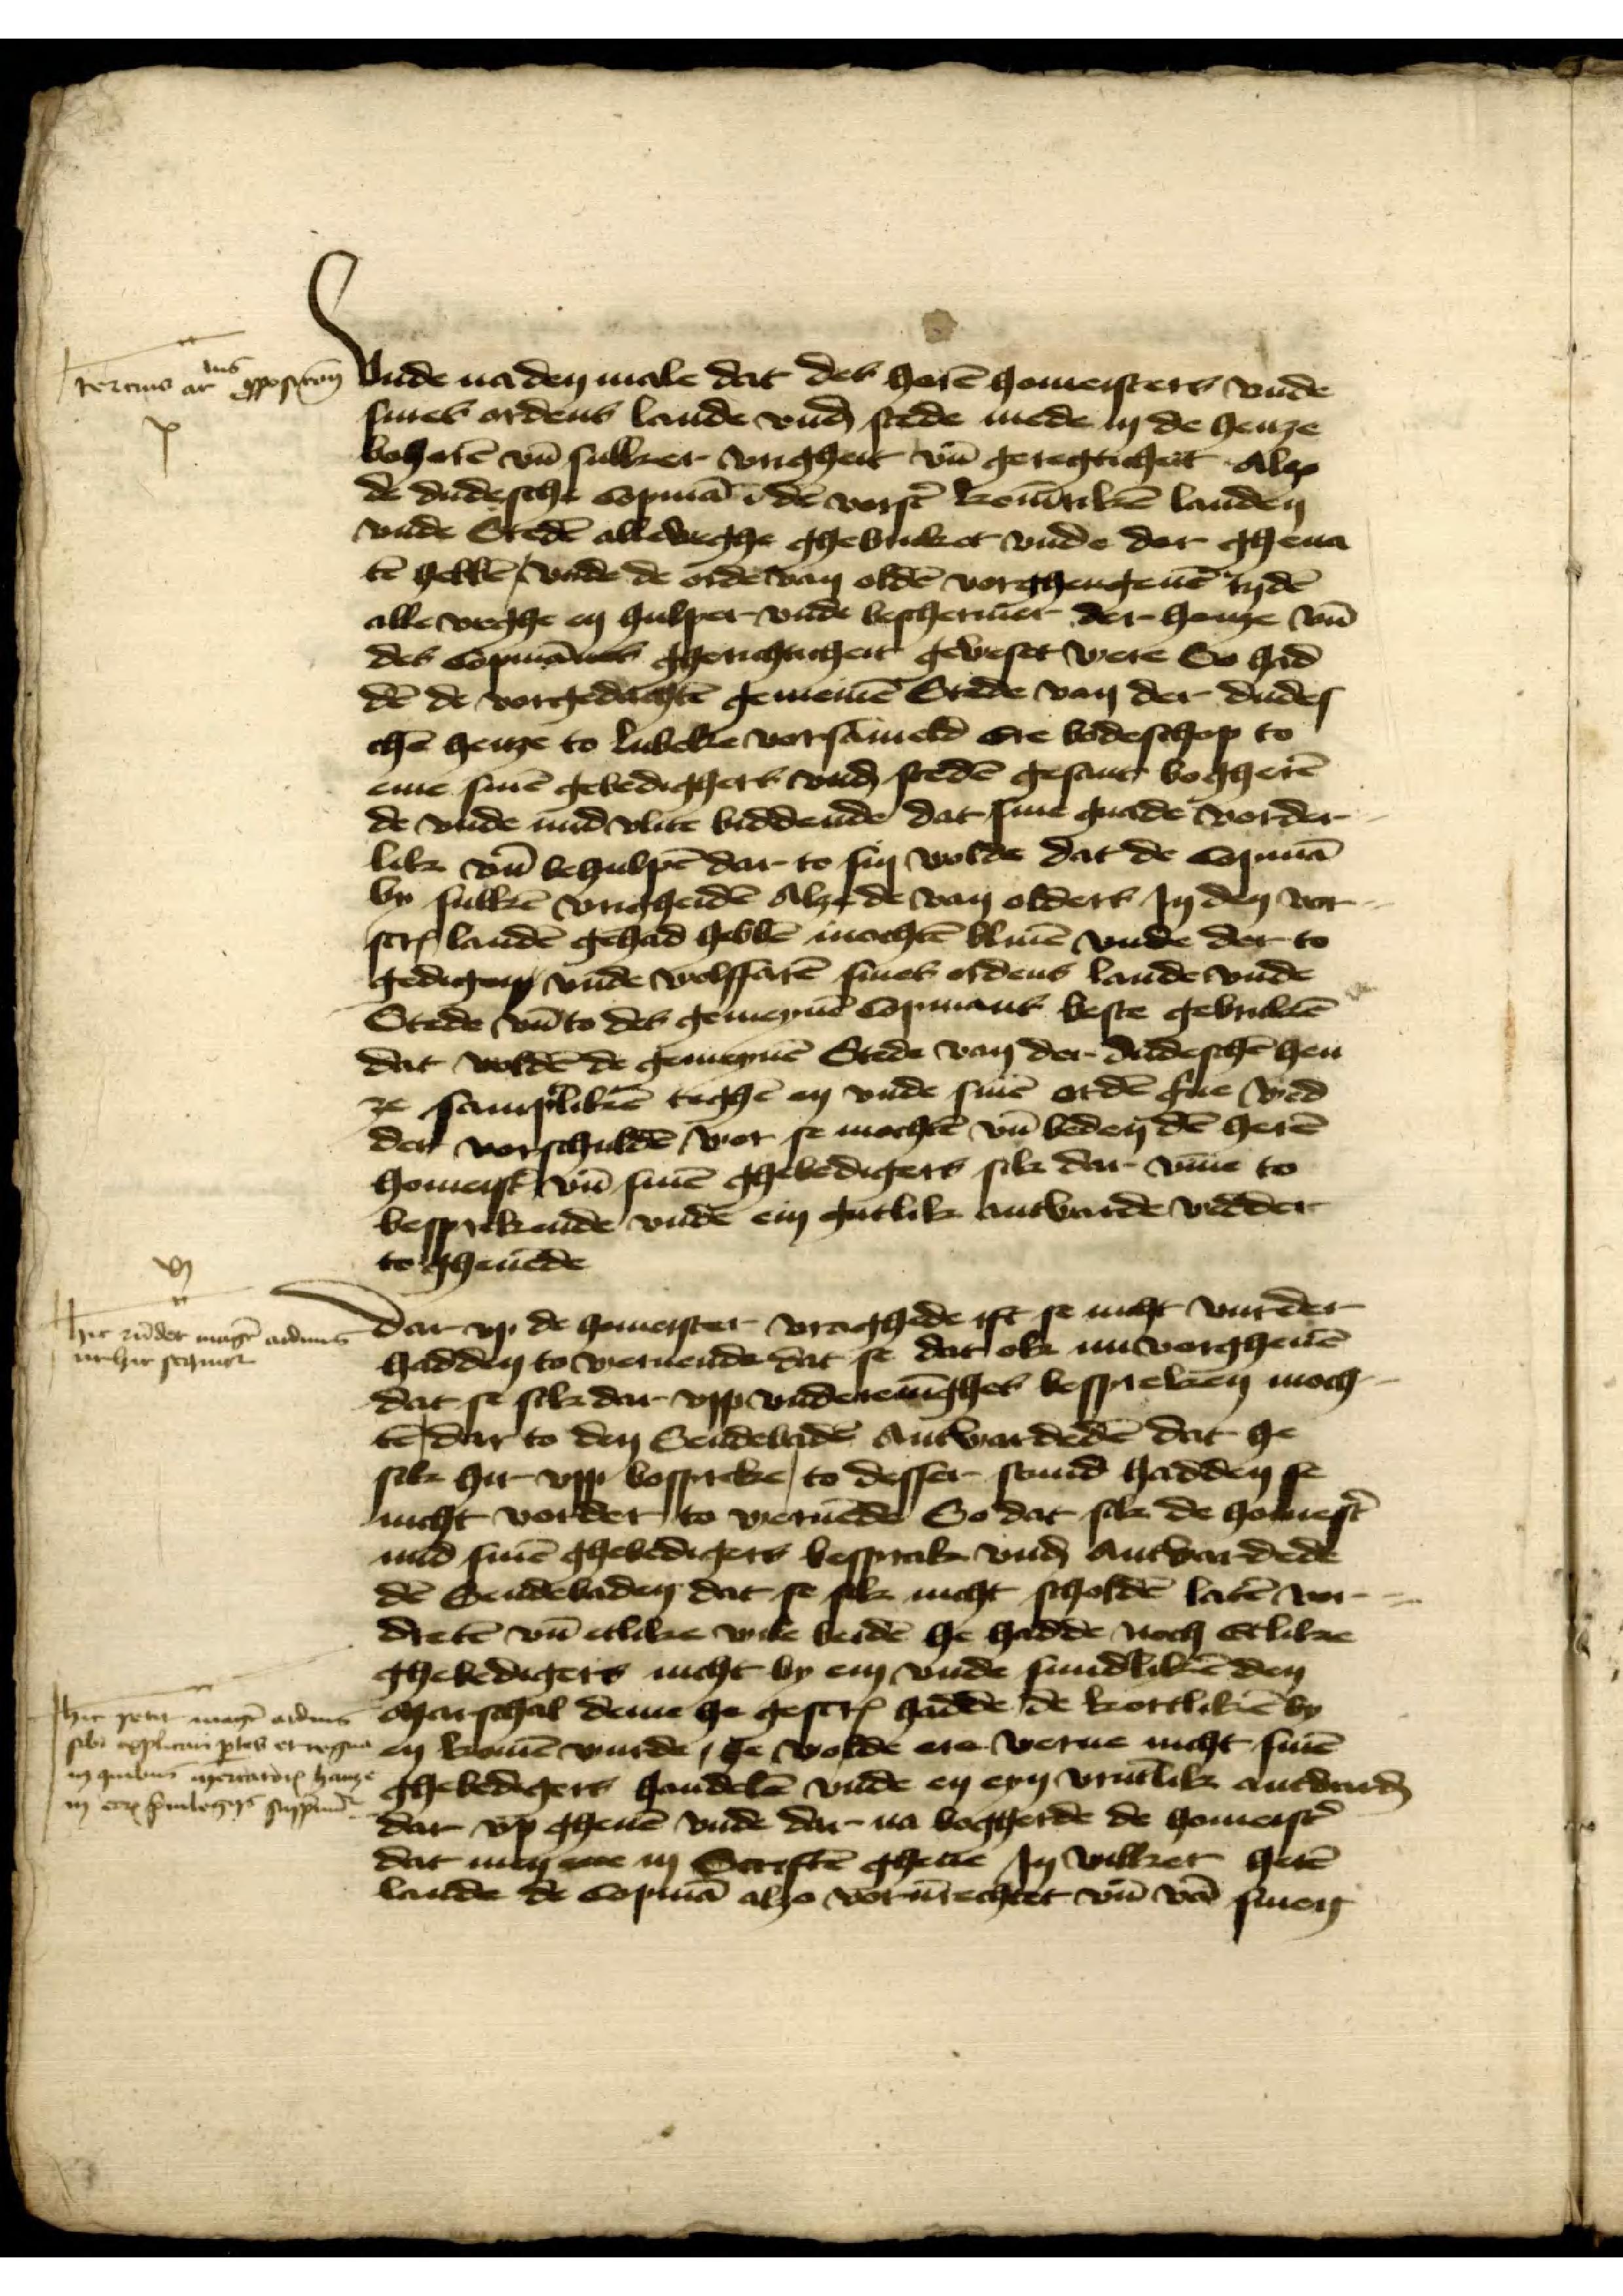
vnde na den male dat des horen homeisters vnde
sines ordens lande vnd stede mede in de henze
behoren vnd sulker vrigheit vnd geregticheit alzo
de dudesche Copman in den vorscreuen konintiken landen
vnde Steden all weghe ghebruket vnde dar ghena¬
ten hebben vnde de orden van olden vorghengenen tyden
alle veghen en hulper vnde beschermer der hanze vnd
des Copmans gherichticheit geweset were So had¬
den de vorgedachten gemenen Stede van der dudes¬
chen henze to Lubeke vorsamelten ere bodeschop to
eme sinen gebedighers vnd steden gesant bogheren
de vnde nud vlite biddende dat sine gnade vorder¬
lik vnd behulpen dar to sin wolde dat de Copman
by sulken vrigheiden Alze de van olders Jn den vor¬
screuen landen gehad hebben mochten bliuen vnde dar to
gedigen vnde wolffaren sines ordens lande vnde
Stede vnd to des gemeynen Copmans beste gebruketen
dat wolden de gemeynen Stede van der dudeschen hen¬
ze samptliken teghen en vnde sinen orden gerne wed¬
der vorschulden wor se mochten vnd beden den heren
Homeistere vnd sinen ghebedigers sik dar vmme to
besprekende vnde ein gutlik antworde wedder
togeuende

tertus de le gescreuen

Dar vp de homeister vraghede ift se nicht vurder
hadden to weruende dat se dat ok nu vorgheuen
dat se sik dar vpp vndereninghes bespreken moch¬
ten dar to den Sendebaden Antwordeden dat he
sik hir vpp bospreke, to desser stund hadden se
nicht vorder to weruende So dat sik de Homeister
mid sinen ghebedigers besprake vnd antwordede
den Sendebaden dat se sik nicht scholden laten wi¬
deten vnd etlike wile beiden he hadde noch etlike
ghebedigers nicht by em vnde sundliken den
marschal deme he gescreuen hadde de kottliken by
en komen wurde, he wolde ere werue nicht sinen
ghebedigers handelen vnde en eyn vruntlik antworden
dar vp gheuen vnde dar na bogherde de homeister
dat man ene in Scriften gheue Jn wilker heren
lande de Copman also vorunrechtet vnd van sinen

hir zunder mager ordinens
nhe schin

hir setten man alle
sik vlampes erege en komen vurde, de volde ere verne nicht sinen
in be mercator han
in een priuilegge scipud